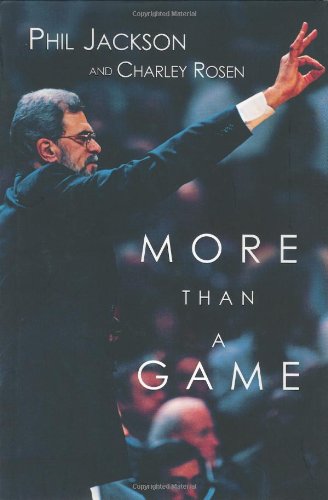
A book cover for More Than a Game; Phil Jackson; Sports & Outdoors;